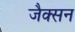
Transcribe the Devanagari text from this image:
जैक्‍सन